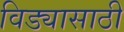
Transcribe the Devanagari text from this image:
विड्यासाठी